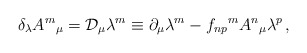
\begin{align*}\delta_{\lambda} A^{m}{}_{\mu} = {\cal D}_{\mu} \lambda^{m} \equiv\partial_{\mu} \lambda^{m} -f_{np}{}^{m} A^{n}{}_{\mu} \lambda^{p} \, ,\end{align*}